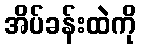
အိပ်ခန်းထဲကို